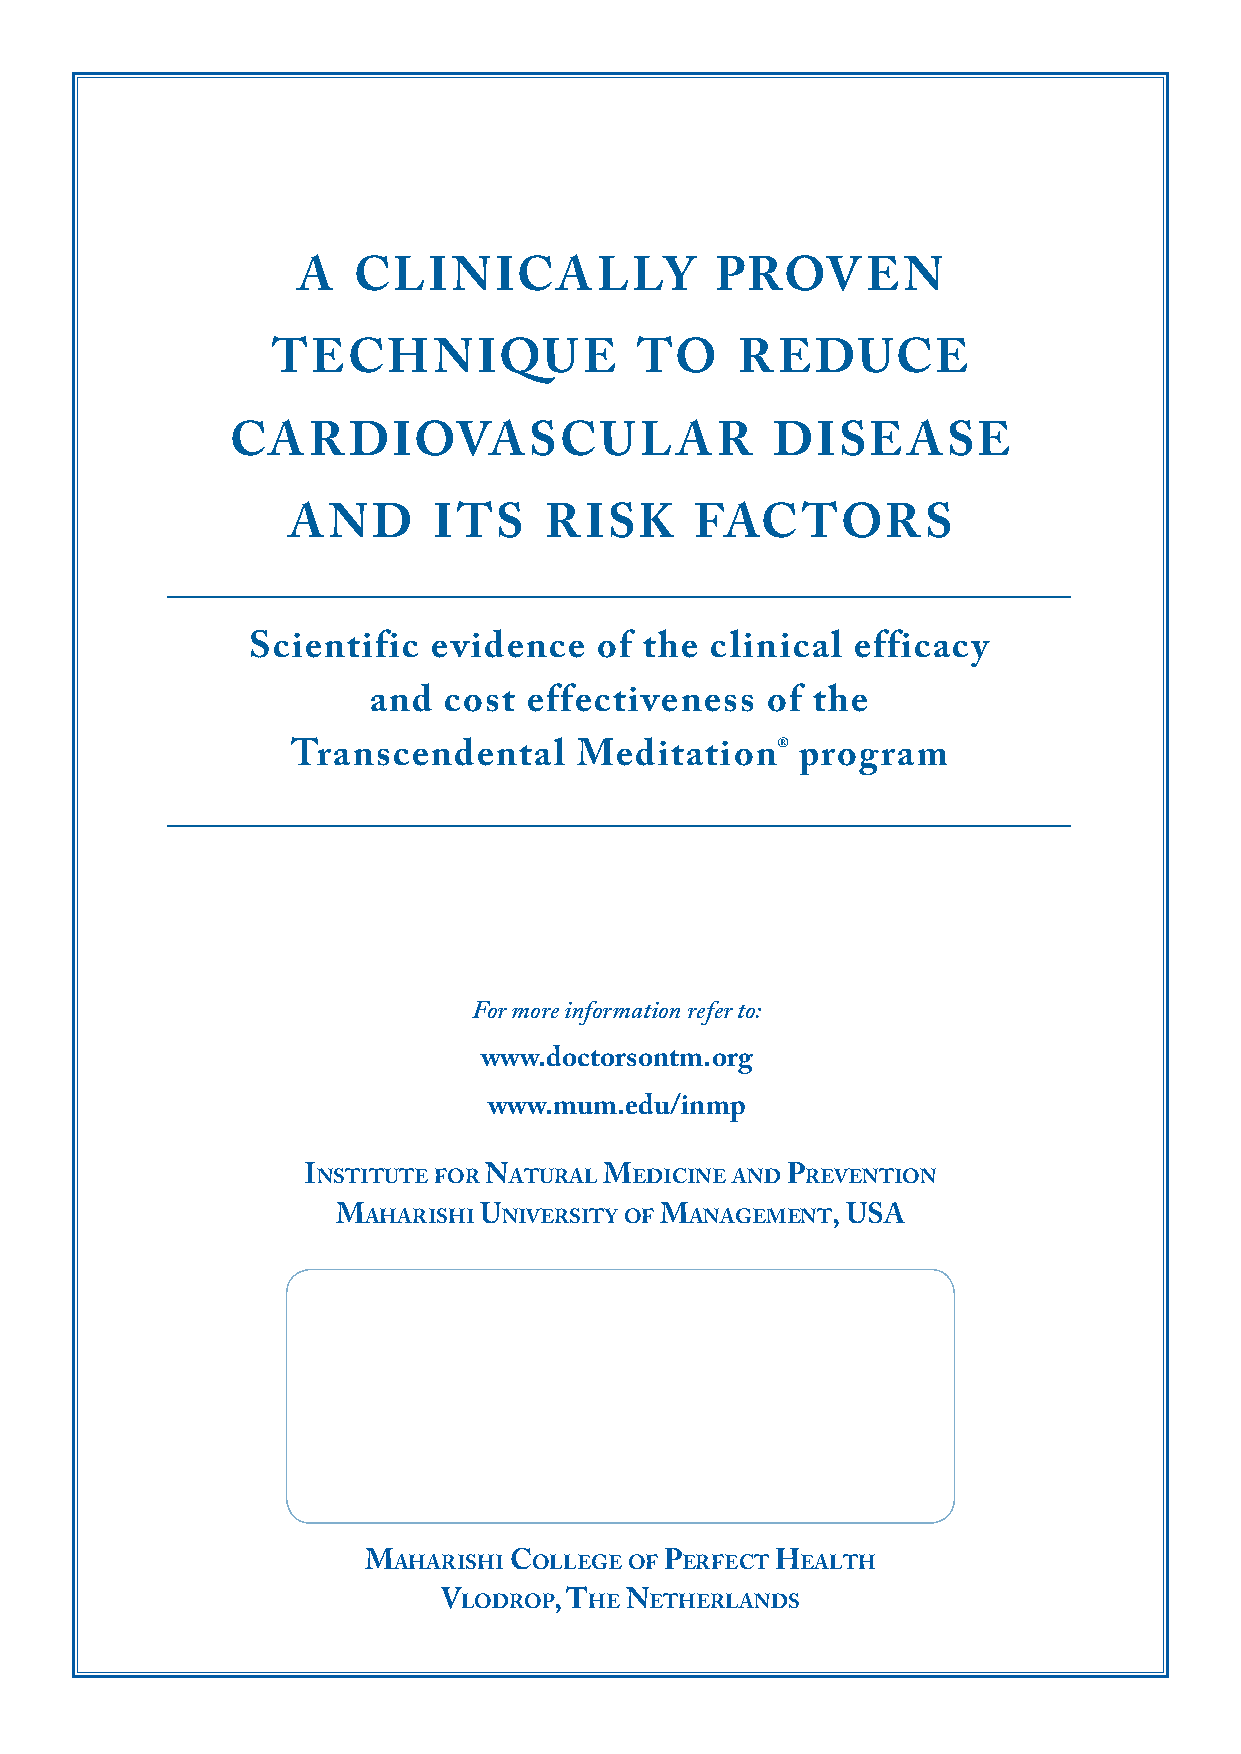
a  clinically              proven
 technique               to     reduce
 cardiovascular                      disease
 and       its    risk      factors
 Scientific   evidence  of  the clinical efficacy
 and  cost  effectiveness   of the
 ®
 Transcendental     Meditation     program
 For more information refer to:
 www.doctorsontm.org
 www.mum.edu/inmp
 institute for natural Medicine and prevention
 Maharishi university of ManageMent, usa
 Maharishi college of perfect health
 vlodrop, the netherlands
 © Maharishi Vedic University 2008